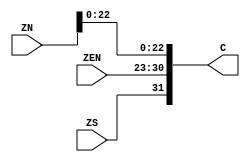
`timescale 1ns / 1ps
//////////////////////////////////////////////////////////////////////////////////
// Company: 
// Engineer: 
// 
// Design Name: 
// Module Name:    combine 
// Project Name: 
// Target Devices: 
// Tool versions: 
// Description: 
//
// Dependencies: 
//
// Revision: 
// Revision 0.01 - File Created
// Additional Comments: 
//
//////////////////////////////////////////////////////////////////////////////////
module combine(
    input [23:0] ZN,
    input [7:0] ZEN,
    input ZS,
    output reg [31:0] C
    );

always @(ZN,ZEN,ZS) begin
C<={ZS,ZEN,ZN[22:0]};
end
endmodule